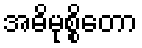
အဓိမုစ္စိတော